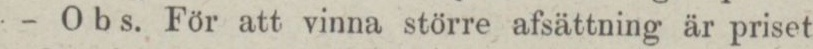
— Obs. För att vinna större afsättning är priset